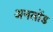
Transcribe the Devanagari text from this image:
अनलोंड